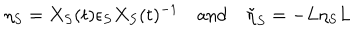
LaTeX: \eta _ { S } = X _ { S } ( t ) \epsilon _ { S } X _ { S } ( t ) ^ { - 1 } \quad \mathrm { a n d } \quad \tilde { \eta } _ { S } = - L \eta _ { S } L